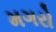
મગરો